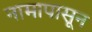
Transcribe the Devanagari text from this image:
नामापासून